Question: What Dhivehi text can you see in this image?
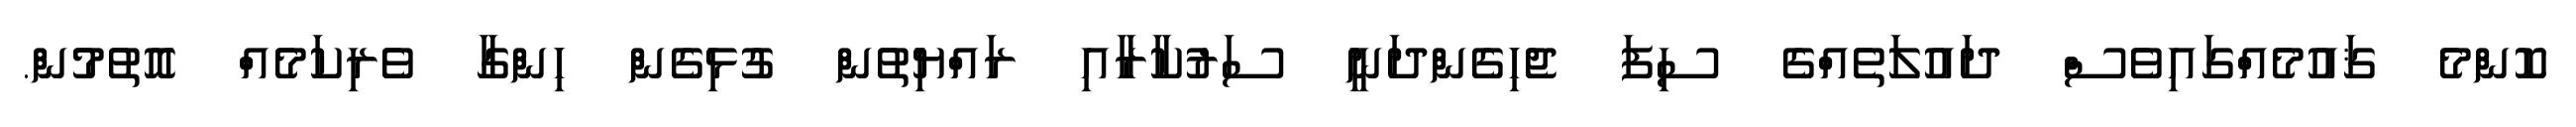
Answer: ކޮންމެ ޤައުމެއްގައިވެސް ދައުލަތެއްގެ ސިފަ ޖެހިގެންދަނީ ސަރުކާރާއި ރައްޔިތުން ގުޅިގެން ހިންގާ ވެރިކަމެއް އޮތުމުން.